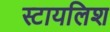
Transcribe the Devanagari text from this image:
स्टायलिश